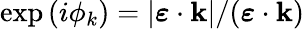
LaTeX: \exp{(i\phi_{k})}=|\boldsymbol{\varepsilon}\cdot\mathbf{k}|/(\boldsymbol{\varepsilon}\cdot\mathbf{k})